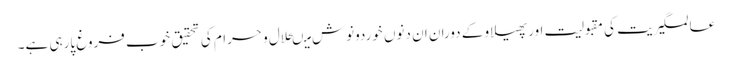
عالمگیریت کی مقبولیت اورپھیلاو کے دوران ان دنوں خوردونوش میںحلال و حرام کی تحقیق خوب فروغ پارہی ہے۔